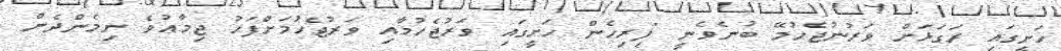
ހަށީގައި ރަގަޅަށް ވަރުނުޖެހުމޭ ބުނެވެނީ "ފިރިހެން ހަށީގައި ވަރުޖެހުމާއި ވަރުޖެހުމަށްފަހު ޖިމާޢުވެ ނިމެންދެން